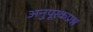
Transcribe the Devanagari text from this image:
अनुपूरकप्रश्न